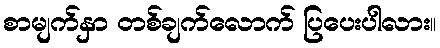
စာမျက်နှာ တစ်ချက်လောက် ပြပေးပါလား။